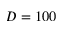
D = 1 0 0